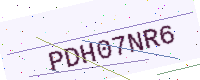
Text: PDH07NR6